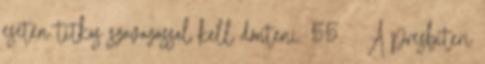
esetén titkos szavazással kell dönteni. 55. § A presbiteri